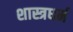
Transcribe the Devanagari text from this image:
शास्त्रधर्म